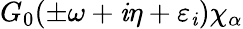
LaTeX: G_{0}(\pm\omega+\mathit{i}\eta+\varepsilon_{\mathit{i}})\chi_{\alpha}